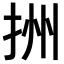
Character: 𢫧